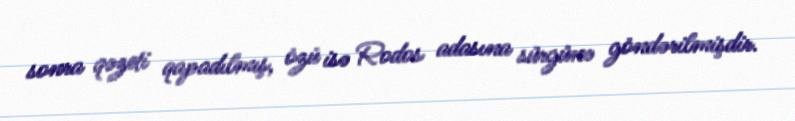
sonra qəzeti qapadılmış, özü isə Rodos adasına sürgünə göndərilmişdir.